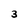
Character: 3